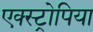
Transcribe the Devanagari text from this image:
एक्स्ट्रोपिया